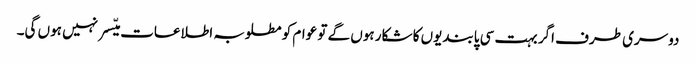
دوسری طرف اگر بہت سی پابندیوں کا شکار ہوں گے تو عوام کو مطلوبہ اطلاعات میّسر نہیں ہوں گی۔